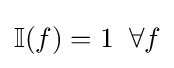
\mathbb {I} (f)=1\;\;\forall {f}